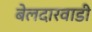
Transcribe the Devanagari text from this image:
बेलदारवाडी